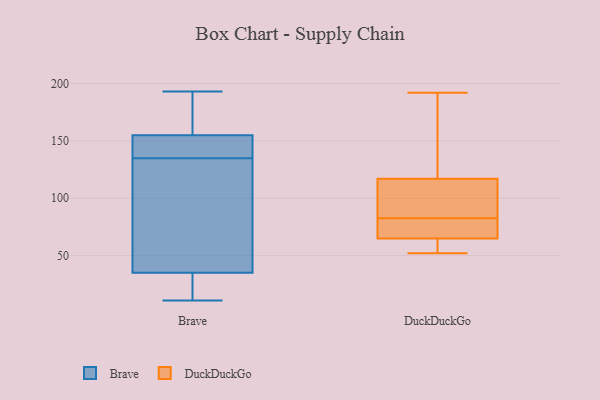
{"axis": {"x": "Conversion Rate (%)", "y": "Value"}, "legend": ["Brave", "DuckDuckGo"], "data": [{"x": "", "y": 89, "type": "Brave"}, {"x": "", "y": 158, "type": "Brave"}, {"x": "", "y": 135, "type": "Brave"}, {"x": "", "y": 178, "type": "Brave"}, {"x": "", "y": 20, "type": "Brave"}, {"x": "", "y": 36, "type": "Brave"}, {"x": "", "y": 11, "type": "Brave"}, {"x": "", "y": 109, "type": "Brave"}, {"x": "", "y": 112, "type": "Brave"}, {"x": "", "y": 193, "type": "Brave"}, {"x": "", "y": 154, "type": "Brave"}, {"x": "", "y": 145, "type": "Brave"}, {"x": "", "y": 140, "type": "Brave"}, {"x": "", "y": 154, "type": "Brave"}, {"x": "", "y": 11, "type": "Brave"}, {"x": "", "y": 32, "type": "Brave"}, {"x": "", "y": 159, "type": "Brave"}, {"x": "", "y": 52, "type": "DuckDuckGo"}, {"x": "", "y": 52, "type": "DuckDuckGo"}, {"x": "", "y": 66, "type": "DuckDuckGo"}, {"x": "", "y": 192, "type": "DuckDuckGo"}, {"x": "", "y": 65, "type": "DuckDuckGo"}, {"x": "", "y": 160, "type": "DuckDuckGo"}, {"x": "", "y": 99, "type": "DuckDuckGo"}, {"x": "", "y": 117, "type": "DuckDuckGo"}, {"x": "", "y": 100, "type": "DuckDuckGo"}, {"x": "", "y": 66, "type": "DuckDuckGo"}]}